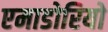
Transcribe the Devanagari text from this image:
एमाडोरियो